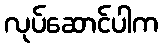
လုပ်ဆောင်ပါက